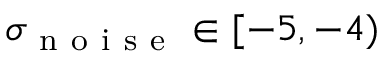
\sigma _ { \mathrm { ~ n ~ o ~ i ~ s ~ e ~ } } \in [ - 5 , - 4 )